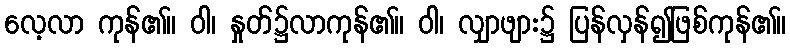
လေ့လာ ကုန်၏။ ဝါ၊ နှုတ်၌လာကုန်၏။ ဝါ၊ လျှာဖျား၌ ပြန်လှန်၍ဖြစ်ကုန်၏။